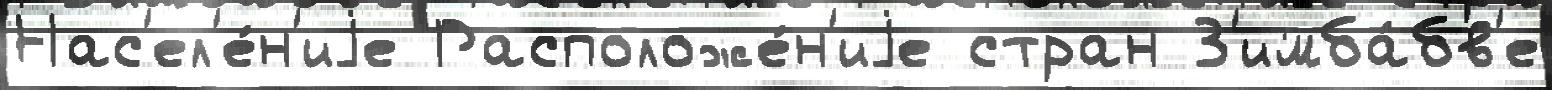
Нас'ел'е́н'иjе Расположе́н'иjе стран З'имба́бв'е